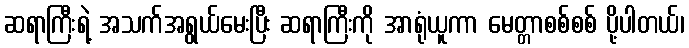
ဆရာကြီးရဲ့ အသက်အရွယ်မေးပြီး ဆရာကြီးကို အာရုံယူကာ မေတ္တာစစ်စစ် ပို့ပါတယ်၊